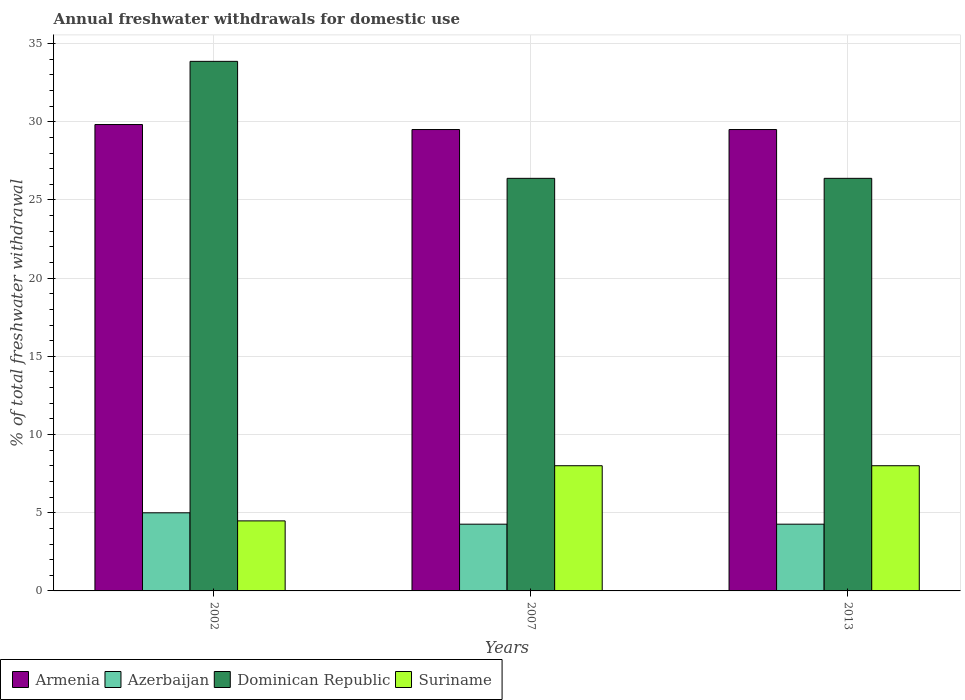
| Years | Armenia | Azerbaijan | Dominican Republic | Suriname |
 | --- | --- | --- | --- | --- |
 | 2002 | 29.8 | 5 | 33.9 | 4.48 |
 | 2007 | 29.5 | 4.27 | 26.4 | 8.01 |
 | 2013 | 29.5 | 4.27 | 26.4 | 8.01 |